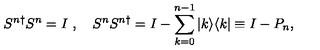
S ^ { n \dagger } S ^ { n } = I \ , \quad S ^ { n } S ^ { n \dagger } = I - \sum _ { k = 0 } ^ { n - 1 } | k \rangle \langle k | \equiv I - P _ { n } ,